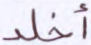
أخلد